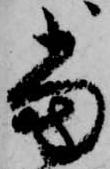
当